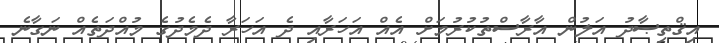
އިޤްތިޞާދު އަލުން އާރާސްތުކުރުމަށް އެއް އަހަރާއި ދެ އަހަރާ ދެމެދުގެ މުއްދަތެއް ނަގާނެ